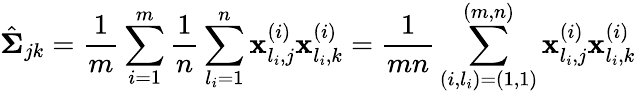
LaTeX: \hat{\boldsymbol{\Sigma}}_{jk}=\frac{1}{m}\sum_{i=1}^{m}\frac{1}{n}\sum_{l_{i}=1}^{n}\mathbf{x}_{l_{i},j}^{(i)}\mathbf{x}_{l_{i},k}^{(i)}=\frac{1}{mn}\sum_{(i,l_{i})=(1,1)}^{(m,n)}\mathbf{x}_{l_{i},j}^{(i)}\mathbf{x}_{l_{i},k}^{(i)}